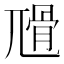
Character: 𡰅